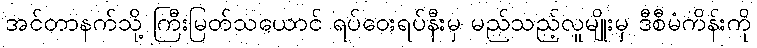
အင်တာနက်သို့ ကြီးမြတ်သယောင် ရပ်ဝေးရပ်နီးမှ မည်သည့်လူမျိုးမှ ဒီစီမံကိန်းကို